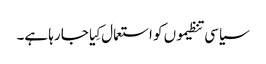
سیاسی تنظیموں کو استعمال کِیا جا رہا ہے۔